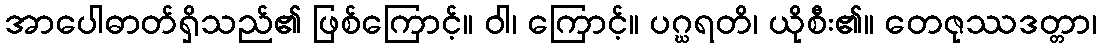
အာပေါဓာတ်ရှိသည်၏ ဖြစ်ကြောင့်။ ဝါ၊ ကြောင့်။ ပဂ္ဃရတိ၊ ယိုစီး၏။ တေဇုဿဒတ္တာ၊